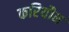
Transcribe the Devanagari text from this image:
करियौन